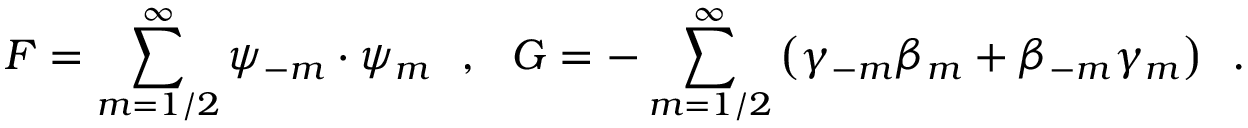
{ F } = { \sum _ { m = 1 / 2 } ^ { \infty } \psi _ { - m } \cdot \psi _ { m } } ~ ~ , ~ ~ { G } = { - \sum _ { m = 1 / 2 } ^ { \infty } \left( \gamma _ { - m } \beta _ { m } + \beta _ { - m } \gamma _ { m } \right) } ~ ~ .